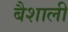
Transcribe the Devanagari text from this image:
बैशाली